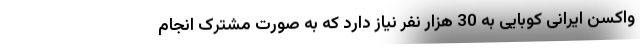
واکسن ایرانی کوبایی به 30 هزار نفر نیاز دارد که به صورت مشترک انجام